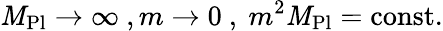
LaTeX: \mathit{M}_{\mathrm{{Pl}}}\to\infty\ ,m\to0\ ,\ m^{2}\mathit{M}_{\mathrm{{Pl}}}={\mathrm{{const.}}}